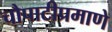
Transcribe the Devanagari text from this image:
चौपाटीप्रमाणे